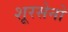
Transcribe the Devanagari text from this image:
शूरसेनो